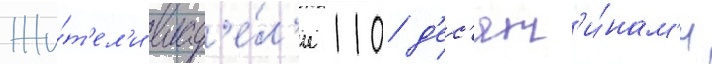
Жи́т'ел'и влад'е́л'и 110 д'ес'ят'и́нам'и